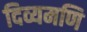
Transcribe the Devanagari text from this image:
दिव्यमणि